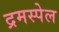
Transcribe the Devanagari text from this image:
द्रमस्पेल